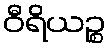
ဝီရိယဉ္စ